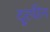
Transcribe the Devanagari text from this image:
दूरपीन